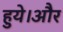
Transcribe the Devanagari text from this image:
हुये।और